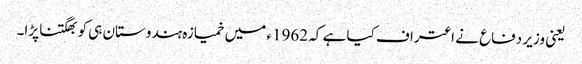
یعنی وزیر دفاع نے اعتراف کیا ہے کہ 1962ء میں خمیازہ ہندوستان ہی کو بھگتنا پڑا۔